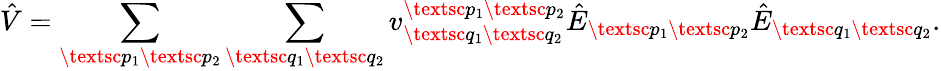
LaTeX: \hat{V}=\sum_{\textsc{p}_{1}\textsc{p}_{2}}\sum_{\textsc{q}_{1}\textsc{q}_{2}}{v}_{\textsc{q}_{1}\textsc{q}_{2}}^{\textsc{p}_{1}\textsc{p}_{2}}\hat{E}_{\textsc{p}_{1}\textsc{p}_{2}}\hat{E}_{\textsc{q}_{1}\textsc{q}_{2}}.